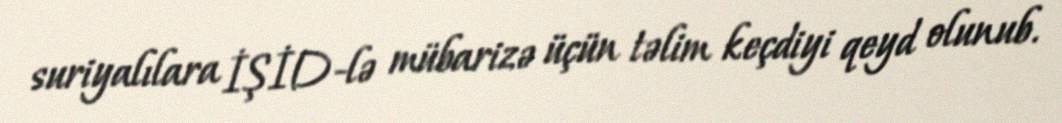
suriyalılara İŞİD-lə mübarizə üçün təlim keçdiyi qeyd olunub.